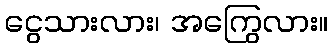
ငွေသားလား၊ အကြွေလား။